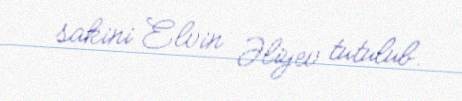
sakini Elvin Əliyev tutulub.